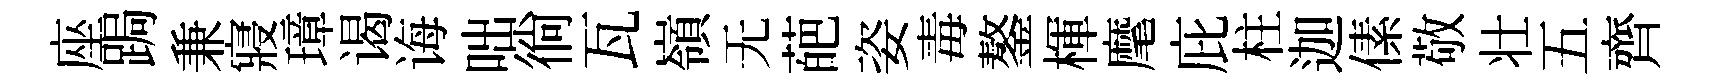
座跼兼寢璋谒诲咄徜瓦嶺无葩姿毒鏊楎麾庇柱迦傃敬壮五齊